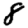
Digit: 8